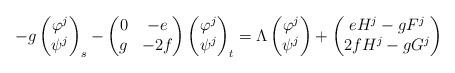
LaTeX: \begin{align*} - g \begin{pmatrix}\varphi^{j} \\\psi^{j}\end{pmatrix}_{s} -\begin{pmatrix}0 & -e \\g & -2f\end{pmatrix} \begin{pmatrix}\varphi^{j} \\\psi^{j}\end{pmatrix}_{t} = \Lambda \begin{pmatrix}\varphi^{j} \\\psi^{j}\end{pmatrix} + \begin{pmatrix}e H^{j} - g F^{j} \\2f H^{j} - g G^{j}\end{pmatrix}\end{align*}